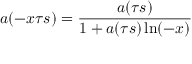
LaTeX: a ( - x \tau s ) = { \frac { a ( \tau s ) } { 1 + a ( \tau s ) \ln ( - x ) } }